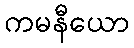
ကမနီယော